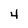
Character: 4